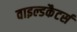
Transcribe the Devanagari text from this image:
वाइल्डकैटर्स